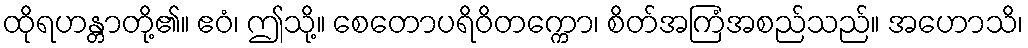
ထိုရဟန္တာတို့၏။ ဧဝံ၊ ဤသို့။ စေတောပရိဝိတက္ကော၊ စိတ်အကြံအစည်သည်။ အဟောသိ၊